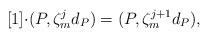
LaTeX: \begin{align*} [1]{\cdot}(P,\zeta_m^{j}d_P)=(P,\zeta_m^{j+1}d_P), \end{align*}